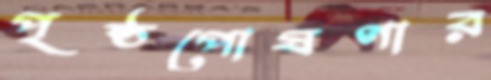
পৃষ্ঠপোষণার